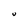
Character: U